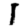
Digit: 1